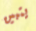
يتبين